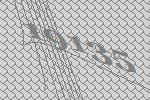
19135